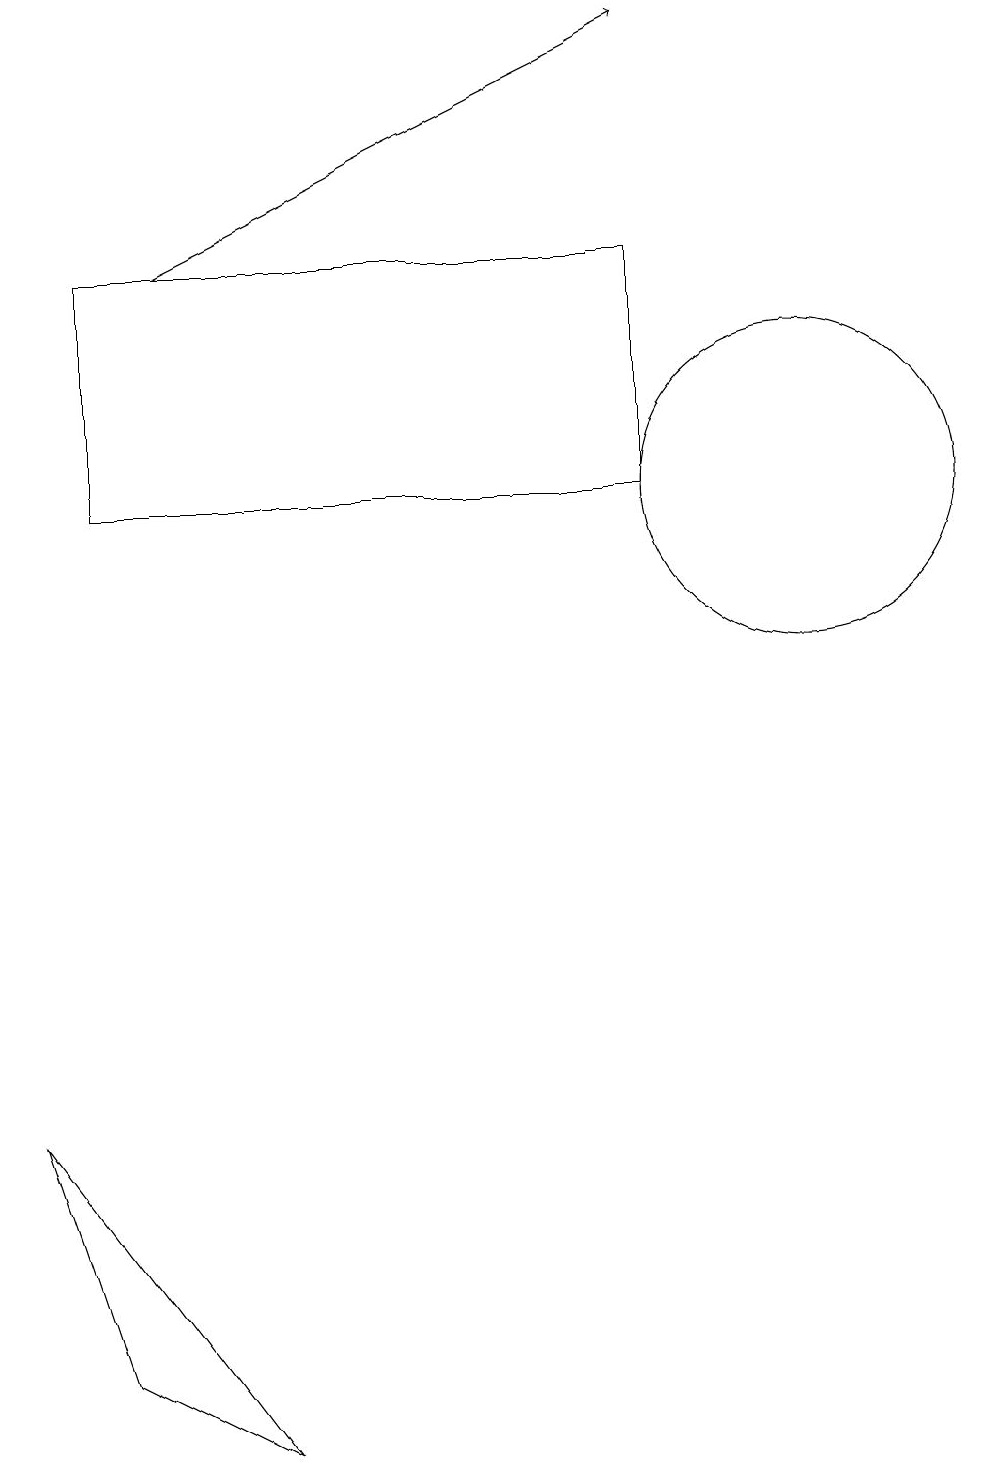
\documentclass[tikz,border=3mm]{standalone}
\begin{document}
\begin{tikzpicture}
\draw (10,12) circle (2);
\draw (1,12) rectangle (8,15);
\draw[->] (2,15) -- (8,18);
\draw (0,4) -- (1,1) -- (3,0) -- cycle;
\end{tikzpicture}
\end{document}